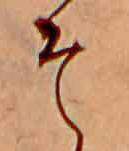
そ